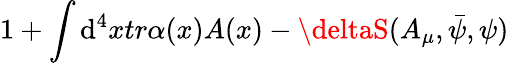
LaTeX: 1+\int\mathrm{d}^{4}xtr\alpha(x)A(x)-\deltaS(A_{\mu},\bar{{\psi}},\psi)